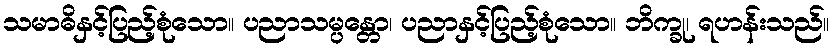
သမာဓိနှင့်ပြည့်စုံသော။ ပညာသမ္ပန္တော၊ ပညာနှင့်ပြည့်စုံသော။ ဘိက္ခု၊ ရဟန်းသည်။